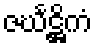
ဇင်္ဃဋ္ဌိကံ